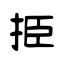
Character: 挋